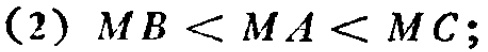
(2) \(MB < MA < MC\);